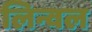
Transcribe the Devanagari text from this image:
लिन्वल